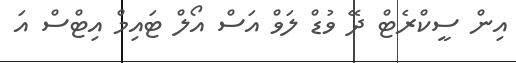
އިން ސީކްރެޓް ދޭ ވުޑް ލަވް އަސް އޯލް ޓައިމް އިޓްސް އަ